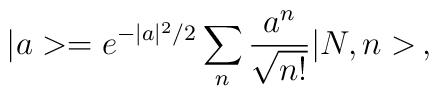
|a> = e^{-|a|^2/2}\sum_n \frac{a^n}{\sqrt{n!}}|N,n> \, ,